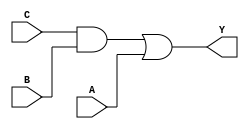
module simple_circuit(A,B,C,Y);

input A,B,C;

output Y;

wire w1;

assign w1= C&B;;
assign Y=w1|A;

endmodule